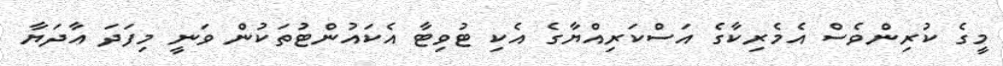
މީގެ ކުރިންވެސް އެމެރިކާގެ އަސްކަރިއްޔާގެ އެކި ޓުވިޓާ އެކައުންޓުތަކުން ވަނީ މިފަދަ އާދަޔާ